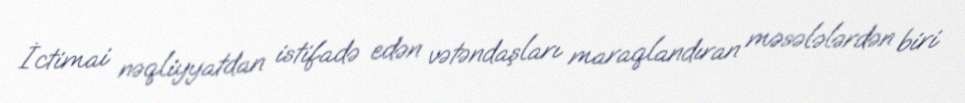
İctimai nəqliyyatdan istifadə edən vətəndaşları maraqlandıran məsələlərdən biri